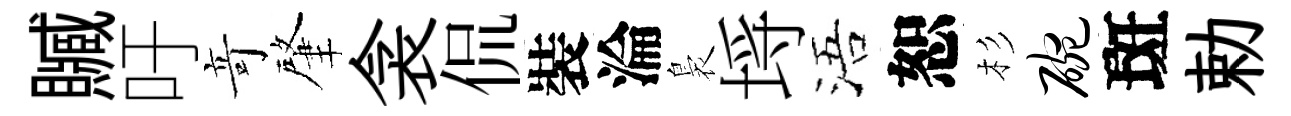
贓吁竒肇衾侃裝淪裊埓浯恕杉碗斑勅